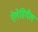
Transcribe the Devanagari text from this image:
ऐलेसिथैल